Indian journal of veterinary science and animal husbandry - Volume 10,
Year: 1940
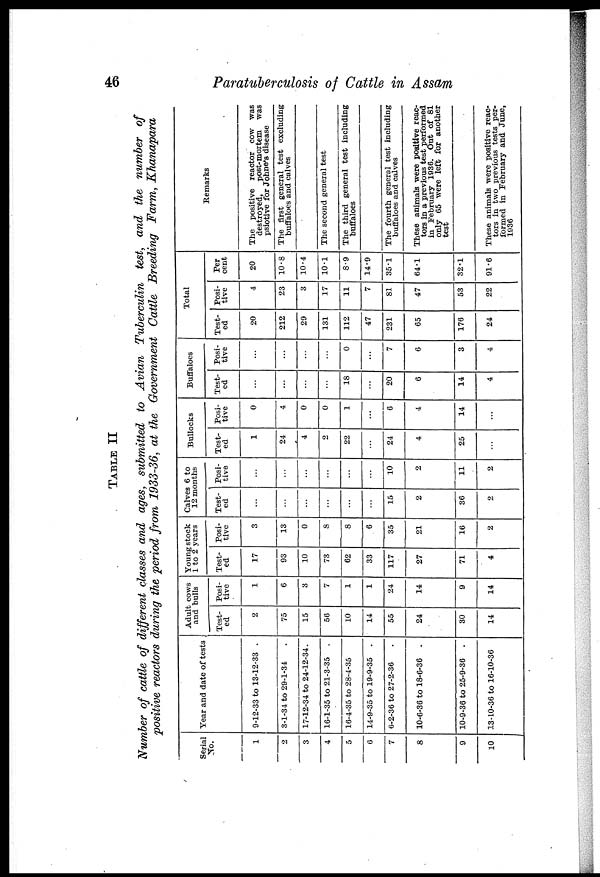
46
Paratuberculosis of Cattle in Assam
TABLE II
Number of cattle of different classes and ages, submitted to Avian Tuberculin test, and the number of
positive reactors during the period from 1933-36, at the Government Cattle Breeding Farm, Khanapara
Serial
No.
1
2
3
4
5
6
7
8
9
10
Year and date of tests
9-12-33 to 13-12-33
3-1-34 to 29-1-34
17-12-34 to 24-12-34.
16-1-35 to 21-3-35 .
16-4-35 to 28-4-35 .
14-9-35 to 19-9-35 .
6-2-36 to 27-2-36 .
10-6-36 to 18-6-36 .
10-9-36 to 25-9-36 .
13-10-36 to 16-10-36
Adult cows
and bulls
Test-
ed
2
75
15
56
10
14
55
24
30
14
Posi-
tive
1
6
3
7
1
1
24
14
9
14
Young stock
1 to 2 years
Test-
ed
17
93
10
73
62
33
117
27
71
4
Posi-
tive
3
13
0
8
8
6
35
21
16
2
Calves 6 to
12 months
Test-
ed
...
...
...
...
...
...
15
2
36
2
Posi-
tive
...
...
...
...
...
...
10
2
11
2
Bullocks
Test-
ed
1
24
4
2
22
...
24
4
25
...
Posi-
tive
0
4
0
0
1
...
6
4
14
...
Buffaloes
Test-
ed
...
...
...
...
18
...
20
6
14
4
Posi-
tive
...
...
...
...
0
...
7
6
3
4
Total
Test-
ed
20
212
29
131
112
47
231
65
176
24
Posi-
tive
4
23
3
17
11
7
81
47
53
22
Per
cent
20
10.8
10.4
10.1
8.9
14.9
35.1
64.1
32.1
91.6
Remarks
The positive reactor cow was
destroyed,
post-mortem was
psiotive for Johne's disease
The first general test excluding
buffaloes and calves
The second general test
The third general test including
buffaloes
The fourth general test including
buffaloes and calves
These animals were positive reac-
tors in a previous test performed
in February 1936. Out of 81
only 65 were left for another
test
These animals were positive reac-
tors in two previous tests per-
formed in February and June,
1936